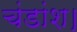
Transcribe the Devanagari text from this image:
चंडांश।